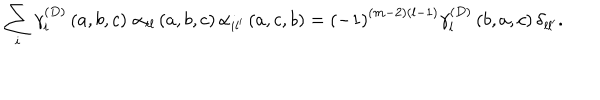
LaTeX: \sum _ { i } \gamma _ { i } ^ { \left( D \right) } \left( a , b , c \right) \, \alpha _ { i l } \left( a , b , c \right) \alpha _ { i l ^ { \prime } } \left( a , c , b \right) = \left( - 1 \right) ^ { \left( m - 2 \right) \left( l - 1 \right) } \gamma _ { l } ^ { \left( D \right) } \left( b , a , c \right) \delta _ { l l ^ { \prime } } .